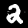
Digit: 2